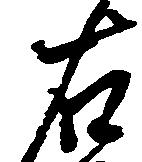
右